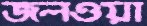
জলওয়া